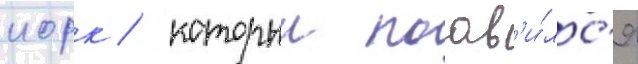
иорк / которыи поав'и́лс'я